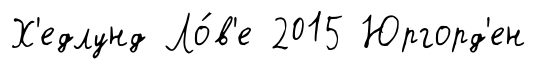
Х'едлунд Ло́в'е 2015 Юргорд'ен